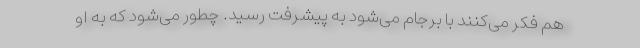
هم فکر می‌کنند با برجام می‌شود به پیشرفت رسید. چطور می‌شود که به او